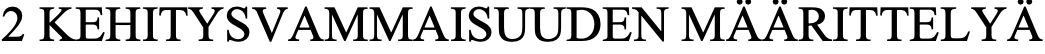
2 KEHITYSVAMMAISUUDEN MÄÄRITTELYÄ